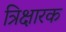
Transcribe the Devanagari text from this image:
त्रिक्षारक